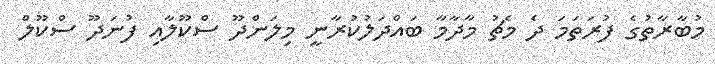
މުބާރާތުގެ ފުރަތަމަ ދެ މެޗު މާދާމާ ބައްދަލުކުރާނީ މިލަންދޫ ސްކޫލާއި ފުނަދޫ ސްކޫލް